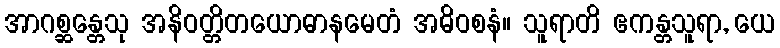
အာဂစ္ဆန္တေသု အနိဝတ္တိတယောဓာနမေတံ အဓိဝစနံ။ သူရာတိ ဧကန္တသူရာ, ယေ